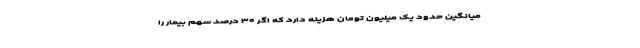
میانگین حدود یک میلیون تومان هزینه دارد که اگر ۳۰ درصد سهم بیمار را